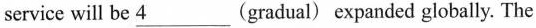
service will be \underline{4} (gradual) expanded globally. The